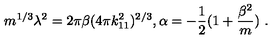
m ^ { 1 / 3 } \lambda ^ { 2 } = 2 \pi \beta ( 4 \pi k _ { 1 1 } ^ { 2 } ) ^ { 2 / 3 } , \alpha = - { \frac { 1 } { 2 } } ( 1 + { \frac { \beta ^ { 2 } } { m } } ) \ .